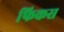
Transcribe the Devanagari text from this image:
फिकस